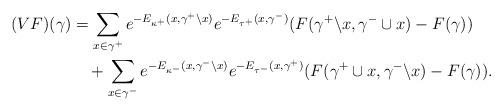
LaTeX: \begin{align*} (VF)(\gamma) &= \sum \limits_{x \in \gamma^+}e^{-E_{\kappa^+}(x,\gamma^+ \backslash x)}e^{-E_{\tau^+}(x,\gamma^-)}(F(\gamma^+ \backslash x, \gamma^- \cup x) - F(\gamma)) \\ &\ \ \ + \sum \limits_{x \in \gamma^-}e^{-E_{\kappa^-}(x,\gamma^- \backslash x)} e^{-E_{\tau^-}(x,\gamma^+)}(F(\gamma^+ \cup x, \gamma^- \backslash x) - F(\gamma)).\end{align*}